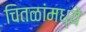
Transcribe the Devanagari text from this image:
चितळांमध्ये